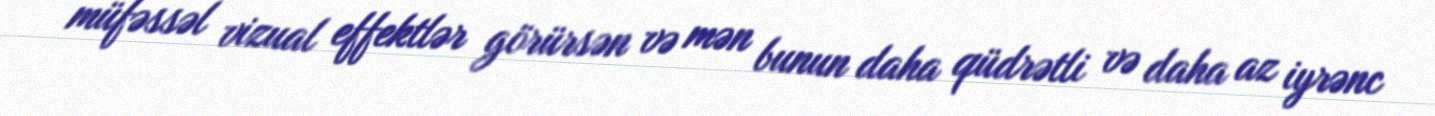
müfəssəl vizual effektlər görürsən və mən bunun daha qüdrətli və daha az iyrənc